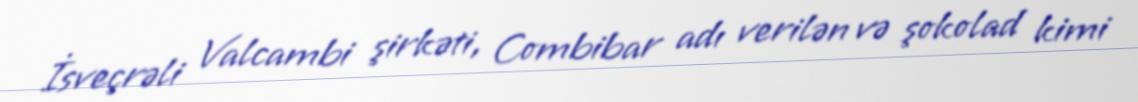
İsveçrəli Valcambi şirkəti, Combibar adı verilən və şokolad kimi